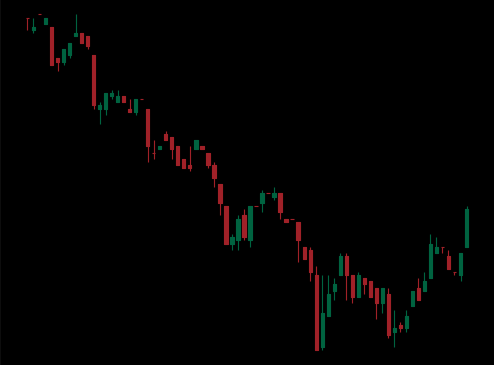
Pattern: bull_flag